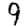
Digit: 9